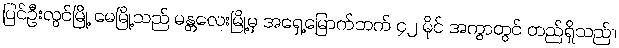
ပြင်ဦးလွင်မြို့ မေမြို့သည် မန္တလေးမြို့မှ အရှေ့မြောက်ဘက် ၄၂ မိုင် အကွာတွင် တည်ရှိသည်။